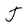
Character: J